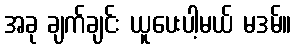
အခု ချက်ချင်း ယူပေးပါ့မယ် မဒမ်။